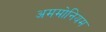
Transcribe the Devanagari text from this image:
अममोनियम